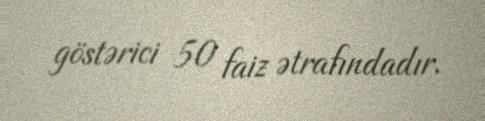
göstərici 50 faiz ətrafındadır.